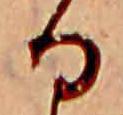
る